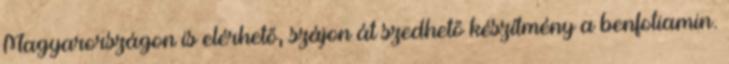
Magyarországon is elérhető, szájon át szedhető készítmény a benfotiamin.